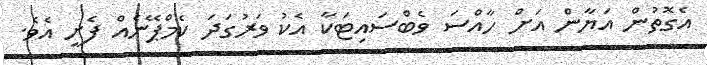
އެގޮތުން އަޔާން އަށް ހާއްސަ ވެބްސައިޓަކާ އެކު ވަރުގަދަ ކެމްޕޭނެއް ފެށީ އެވެ.